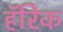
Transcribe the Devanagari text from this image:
हॅरिक